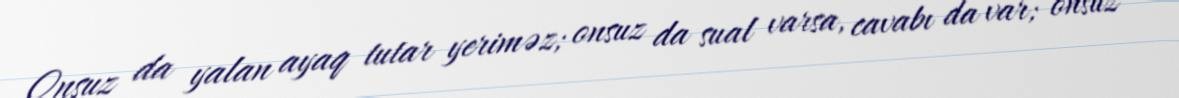
Onsuz da yalan ayaq tutar yeriməz; onsuz da sual varsa, cavabı da var; onsuz